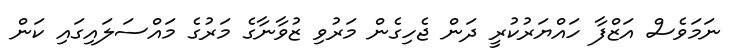
ނަމަވެސް އަޒްފާ ހައްޔަރުކުރީ ދަން ޖެހިގެން މަރުވި ޒުވާނާގެ މަރުގެ މައްސަލައިގައި ކަން